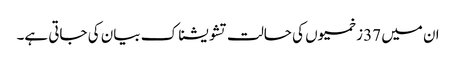
ان میں 37 زخمیوں کی حالت تشویشناک بیان کی جاتی ہے۔